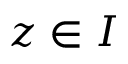
z \in I